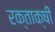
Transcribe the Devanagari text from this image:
रक्ताक्षी